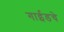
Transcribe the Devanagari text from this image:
गाईडचे